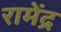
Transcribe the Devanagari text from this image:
रामेंद्र